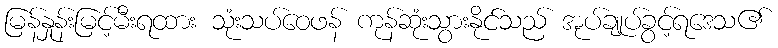
မြန်နှုန်းမြင့်မီးရထား သုံးသပ်ဝေဖန် ကုန်ဆုံးသွားနိုင်သည် အုပ်ချုပ်ခွင့်ရဒေသ၏